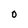
Character: O